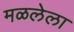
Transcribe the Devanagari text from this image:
मळलेला